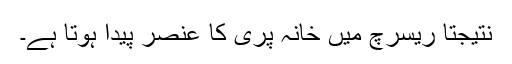
نتیجتاً ریسرچ میں خانہ پری کا عنصر پیدا ہوتا ہے۔